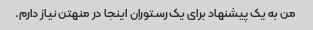
من به یک پیشنهاد برای یک رستوران اینجا در منهتن نیاز دارم.